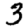
Digit: 3